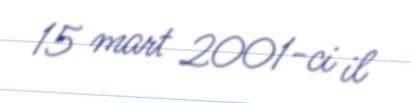
15 mart 2001-ci il